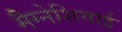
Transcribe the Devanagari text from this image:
मैग्नेशियाई